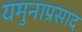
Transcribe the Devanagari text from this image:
यमुनाप्रसाद